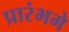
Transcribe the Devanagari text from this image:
प्रारंभमे